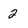
Character: 2